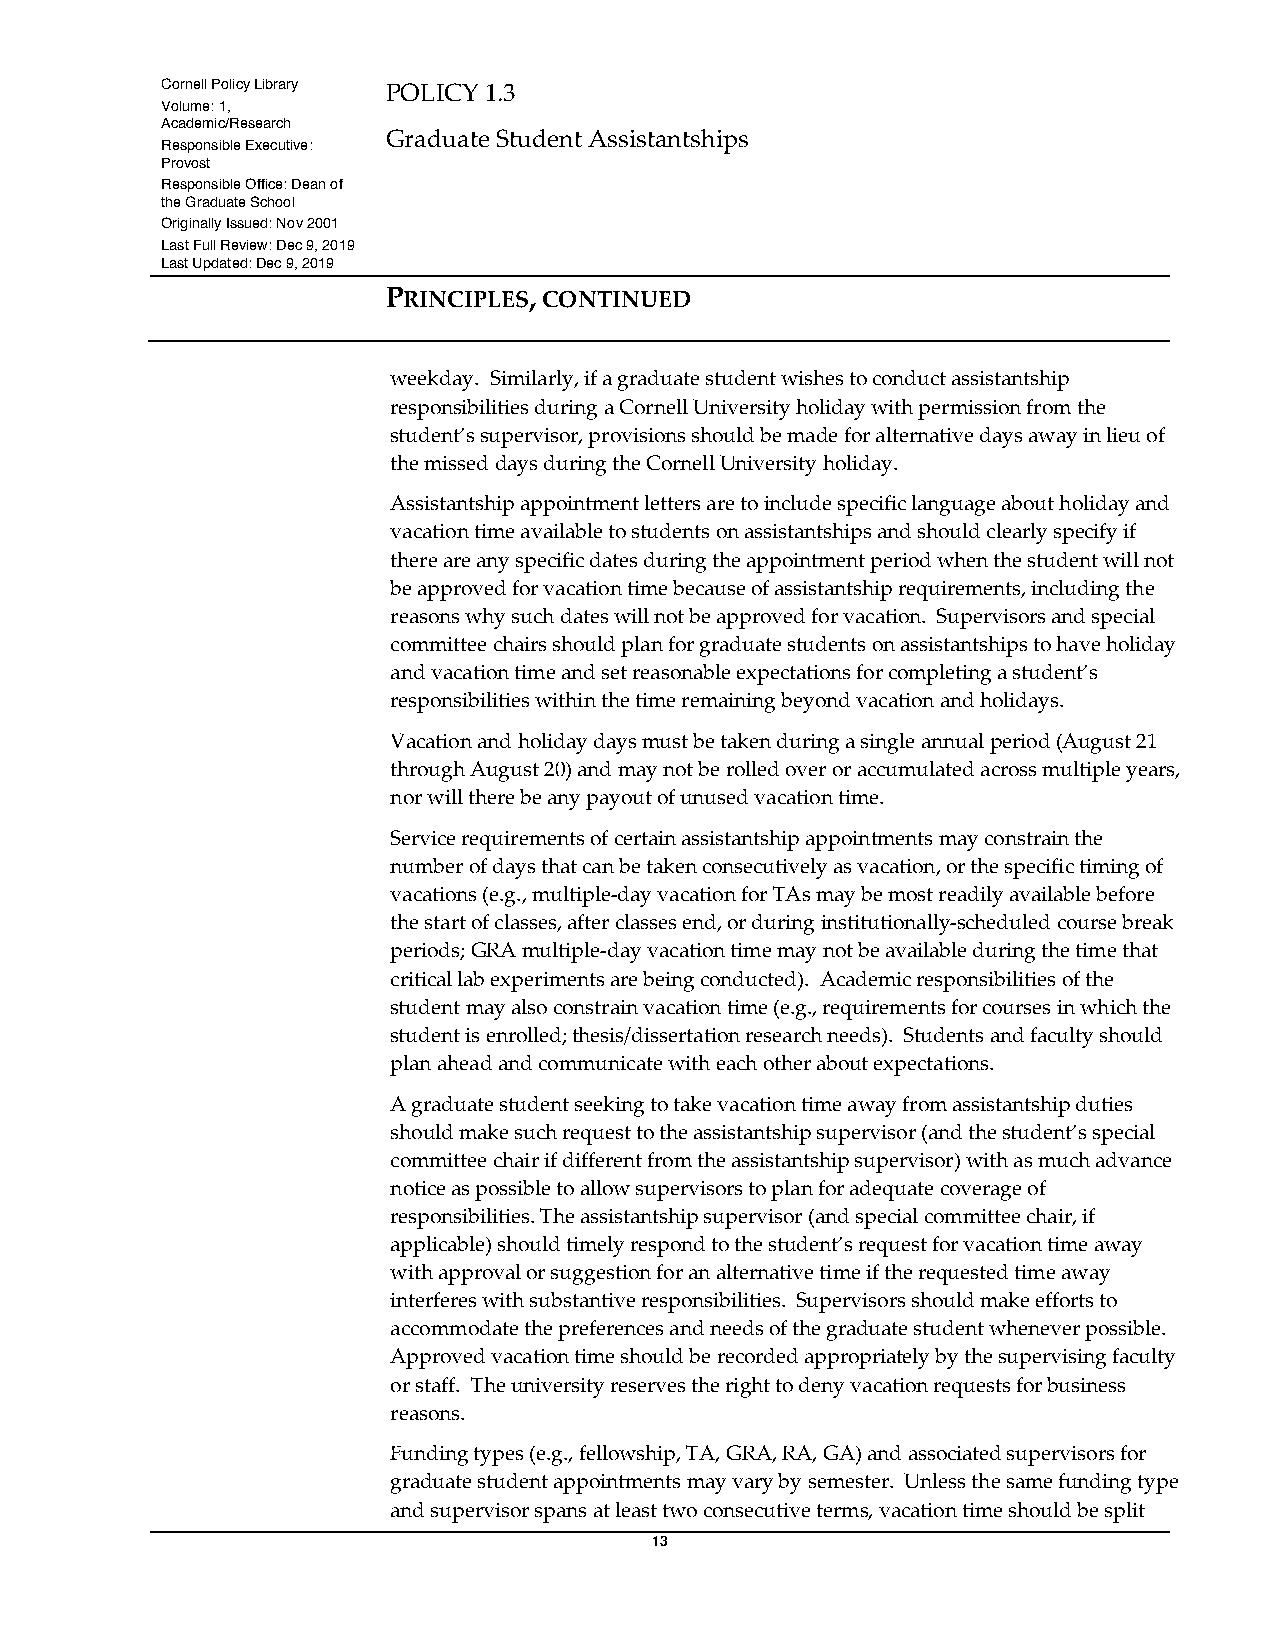
Cornell Policy Library POLICY 1.3
 Volume: 1,
 Academic/Research
 Graduate Student Assistantships
 Responsible Executive:
 Provost
 Responsible Office: Dean of
 the Graduate School
 Originally Issued: Nov 2001
 Last Full Review: Dec 9, 2019
 Last Updated: Dec 9, 2019
 PRINCIPLES, CONTINUED
 weekday. Similarly, if a graduate student wishes to conduct assistantship
 responsibilities during a Cornell University holiday with permission from the
 student’s supervisor, provisions should be made for alternative days away in lieu of
 the missed days during the Cornell University holiday.
 Assistantship appointment letters are to include specific language about holiday and
 vacation time available to students on assistantships and should clearly specify if
 there are any specific dates during the appointment period when the student will not
 be approved for vacation time because of assistantship requirements, including the
 reasons why such dates will not be approved for vacation. Supervisors and special
 committee chairs should plan for graduate students on assistantships to have holiday
 and vacation time and set reasonable expectations for completing a student’s
 responsibilities within the time remaining beyond vacation and holidays.
 Vacation and holiday days must be taken during a single annual period (August 21
 through August 20) and may not be rolled over or accumulated across multiple years,
 nor will there be any payout of unused vacation time.
 Service requirements of certain assistantship appointments may constrain the
 number of days that can be taken consecutively as vacation, or the specific timing of
 vacations (e.g., multiple-day vacation for TAs may be most readily available before
 the start of classes, after classes end, or during institutionally-scheduled course break
 periods; GRA multiple-day vacation time may not be available during the time that
 critical lab experiments are being conducted). Academic responsibilities of the
 student may also constrain vacation time (e.g., requirements for courses in which the
 student is enrolled; thesis/dissertation research needs). Students and faculty should
 plan ahead and communicate with each other about expectations.
 A graduate student seeking to take vacation time away from assistantship duties
 should make such request to the assistantship supervisor (and the student’s special
 committee chair if different from the assistantship supervisor) with as much advance
 notice as possible to allow supervisors to plan for adequate coverage of
 responsibilities. The assistantship supervisor (and special committee chair, if
 applicable) should timely respond to the student’s request for vacation time away
 with approval or suggestion for an alternative time if the requested time away
 interferes with substantive responsibilities. Supervisors should make efforts to
 accommodate the preferences and needs of the graduate student whenever possible.
 Approved vacation time should be recorded appropriately by the supervising faculty
 or staff. The university reserves the right to deny vacation requests for business
 reasons.
 Funding types (e.g., fellowship, TA, GRA, RA, GA) and associated supervisors for
 graduate student appointments may vary by semester. Unless the same funding type
 and supervisor spans at least two consecutive terms, vacation time should be split
 13